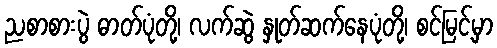
ညစာစားပွဲ ဓာတ်ပုံတို့၊ လက်ဆွဲ နှုတ်ဆက်နေပုံတို့၊ စင်မြင့်မှာ